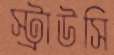
স্ট্রাউসি